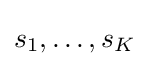
s_{1},\ldots ,s_{K}